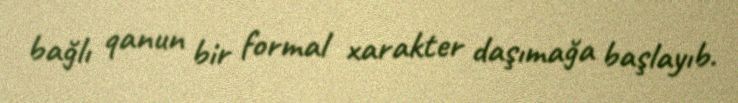
bağlı qanun bir formal xarakter daşımağa başlayıb.